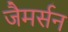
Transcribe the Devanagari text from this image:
जैमर्सन